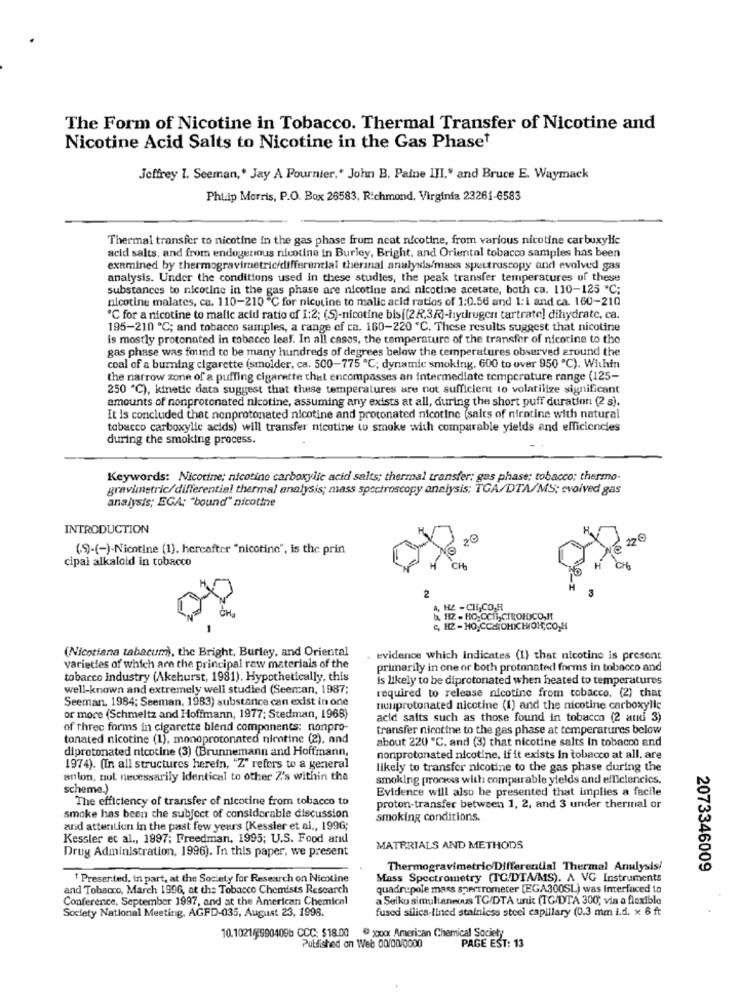
The Form of Nicotine in Tobacco. Thermal Transfer of Nicotine and
Nicotine Acid Salts to Nicotine in the Gas Phaset
Jeffrey 1. Seeman,' Jay A Fournier." John B. Paine III." and Bruce E. Waymack
Philip Morris, P.O. Box 26583, Richmond, Virginia 23261-6583
Thermal transfer to nicotine in the gas phase from neat nicotine, from various nicotine carboxylic
acid salts, and from endogenious nicotine in Burley, Bright, and Oriental tobacco samples has been
examined by thermogravimetric/differential therinal analysis/mass spectroscopy and evolved gas
analysis. Under the conditions used in these studies, the peak transfer temperatures of these
substances to nicotine in the gas phase are nicotine and nicotine acetate, both ca. 110-125 ℃;
nicotine malates, ca. 110-210 ℃ for nicotine to malic acid ratios of 1:0.56 and 1:1 and ca. 160-210
℃ for a nicotine to malic acid ratio of 1:2; (S)-nicotine bis((2R,3R)-hydrogen tartrate] dihydrate, ca.
195-210 ℃; and tobacco samples, a range of ca. 160-220 "C. These results suggest that nicotine
is mostly protonated in tobacco leaf. In all cases, the temperature of the transfer of nicotine to the
gas phase was found to be many hundreds of degrees below the temperatures observed around the
coal of a burning cigarette (smolder, ca. 500-775 ℃; dynamic smoking. 600 to over 950 ℃). Within
the narrow zone of a puffing cigarette that encompasses an Intermediate temperature range (125-
250 ℃), kinetic data suggest that these temperatures are not sufficient to volatilize significant
amounts of nonprotonated nicotine, assuming any exists at all, during the short puff duration (2 s).
It is concluded that nonprotonated nicotine and protonated nicotine (salts of nicotine with natural
tobacco carboxylic acids) will transfer nicotine to smoke with comparable yields and efficiencies
during the smoking process.
Keywords: Nicotine; nicotine carboxylic acid salts; thermal transfer: ges phase; tobacco; thermo-
gravimetric/differential thermal analysis; mass spectroscopy analysis; TGA/DTA/MS: evolved gas
analysis; EGA: "bound" nicotine
INTRODUCTION
20
220
(9)-(-)-Nicotine (1). hercafter "nicotine", is the prin
cipal alkaloid in tobacco
H
H
3
2
A, HE - CHI,CO,H
ta, H2 - HO, CCHI, CIROHDICO,H
C, H2-HO,CCHIOMICHWOH;CO,H
(Nicotiana tabacum), the Bright, Burley, and Oriental
evidence which indicates (1) that nicotine is present
varieties of which are the principal raw materials of the
primarily in one or both protonated forms in tobacco and
tobacco industry (Akehurst, 1981). Hypothetically, this
is likely to be diprotonated when heated to temperatures
well-known and extremely well studied (Seeman, 1987;
Seeman, 1984; Seeman, 1983) substance can exist in one
required to release nicotine from tobacco. (2) that
runprotonated nicotine (1) and the nicotine carboxylic
or more (Schmeltz and Hoffmann, 1977; Stedman, 1968)
acid salts such as those found in tobacco (2 and 3)
of three forms in cigarette blend components: nonpro-
transfer nicotine to the gas phase at temperatures below
tonated nicotine (1), monoprotonated nicotine (2), and
about 220 ℃. and (3) that nicotine salts In tobacco and
diprotonated nicotine (3) (Brunnemann and Hoffmann,
nonprotonated nicotine, if it exists in tobacco at all, are
1974). (In all structures herein, "Z" refers to a general
likely to transfer nicotine to the gas phase during the
anion, not necessarily Identical to other Z's within the
smoking process with comparable yields and efficiencies.
scheme.)
Evidence will also be presented that implies a facile
The efficiency of transfer of nicotine from tobacco to
proton-transfer between 1, 2, and 3 under therital or
smoke has been the subject of considerable discussion
smoking conditions.
and atteriliun in the past few years (Kessler et al ., 1996;
Kessler et al ., 1997; Freedman, 1995; U.S. Food arıd
Drug Administration, 1996). In this paper, we present
MATERIALS AND METHODS
Thermogravimetric Differential Thermal Anulysis!
2073346009
Presented, in part, at the Society for Research on Nicotine
Mass Spectrometry (TC/DTA/MS). A VG Instruments
and Tobacco, March 1996, at the Tobacco Chemists Research
quadrupole mass spectrometer [EGA300SL) was interfaced to
Conference, September 1997, and at the American Chemical
a Seiko simultaneous TC/DTA unit (TG/DTA 300; via a flexible
fused silica-lined stainless steel capillary (0.3 mm i.d. x 6 ft
Society National Meeting, AGFD-035, August 23, 1998
10.1021/9904096 CCC: $18.00 @ xxxxx American Chemical Society
Published on Web 00/00/0000
PAGE EST: 13